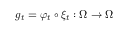
g _ { t } = \varphi _ { t } \circ \xi _ { t } : \Omega \to \Omega